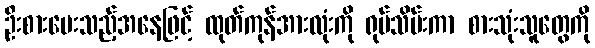
ဦးစားပေးသည့်အနေဖြင့် ထုတ်ကုန်အားလုံးကို ရုပ်သိမ်းကာ စားသုံးသူတွေကို